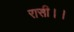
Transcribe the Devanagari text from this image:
रासी।।